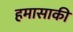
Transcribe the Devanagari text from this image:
हमासाकी